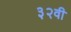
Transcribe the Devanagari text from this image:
३२वी